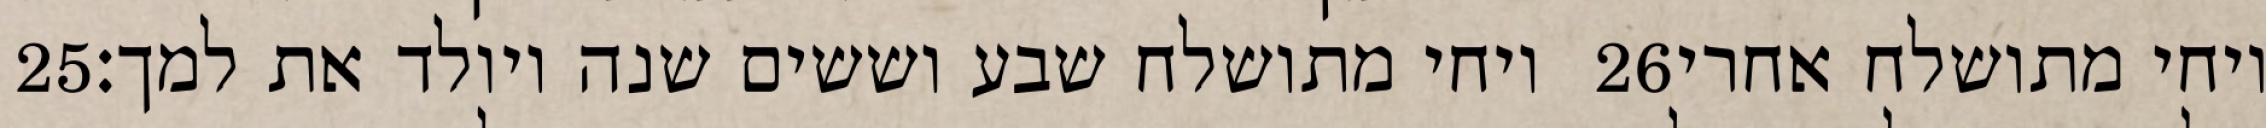
‎25‏ ויחי מתושלח שבע וששים שנה ויולד את למך׃ ‎26‏ ויחי מתושלח אחרי